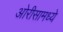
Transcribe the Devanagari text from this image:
ओरीसामध्ये